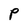
Character: P